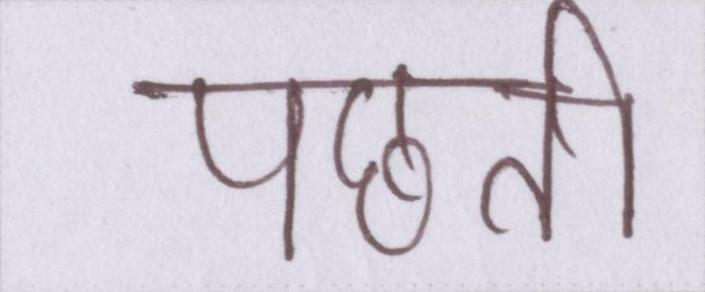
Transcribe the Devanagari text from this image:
पछेती